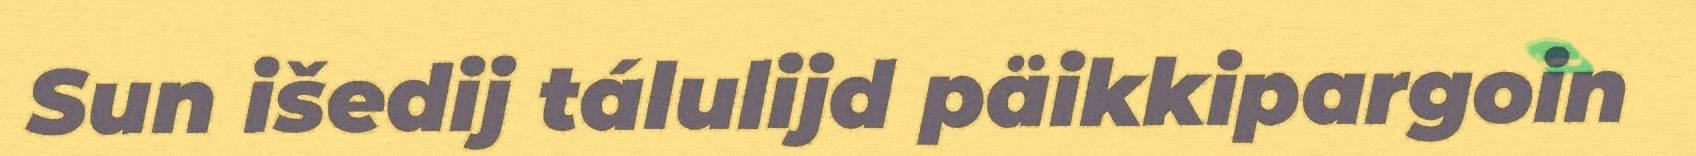
Sun išedij tálulijd päikkipargoin